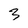
Character: 3